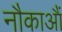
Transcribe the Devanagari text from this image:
नौकाआैं